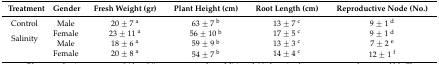
<table><thead><tr><td><b>Treatment</b></td><td><b>Gender</b></td><td><b>Fresh Weight (gr)</b></td><td><b>Plant Height (cm)</b></td><td><b>Root Length (cm)</b></td><td><b>Reproductive Node (No.)</b></td></tr></thead><tbody><tr><td>Control</td><td>Male</td><td>20 ± 7 <sup>a</sup></td><td>63 ± 7 <sup>b</sup></td><td>13 ± 7 <sup>c</sup></td><td>9 ± 1 <sup>d</sup></td></tr><tr><td rowspan="2">Salinity</td><td>Female</td><td>23 ± 11 <sup>a</sup></td><td>56 ± 10 <sup>b</sup></td><td>17 ± 5 <sup>c</sup></td><td>9 ± 1 <sup>d</sup></td></tr><tr><td>Male</td><td>18 ± 6 <sup>a</sup></td><td>59 ± 9 <sup>b</sup></td><td>13 ± 3 <sup>c</sup></td><td>7 ± 2 <sup>e</sup></td></tr><tr><td></td><td>Female</td><td>20 ± 8 <sup>a</sup></td><td>54 ± 7 <sup>b</sup></td><td>14 ± 4 <sup>c</sup></td><td>12 ± 1 <sup>f</sup></td></tr></tbody></table>